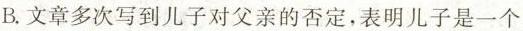
B.文章多次写到儿子对父亲的否定，表明儿子是一个